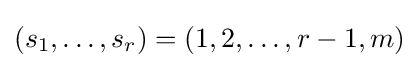
(s_{1},\ldots ,s_{r})=(1,2,\ldots ,r-1,m)